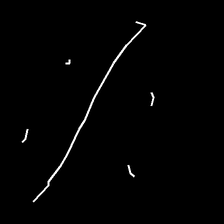
Glyph: cool